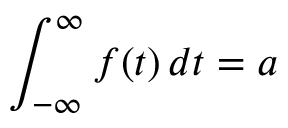
\int _ { - \infty } ^ { \infty } f ( t ) \, d t = a